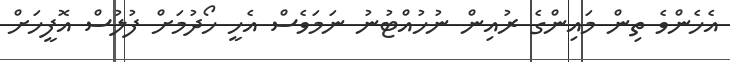
އެހެންވެ ތިން މައިންގެ ރުއިން ނުހުއްޓުނު ނަމަވެސް އެހީ ހޯދުމަށް ފުލުސް އޮފީހަށް